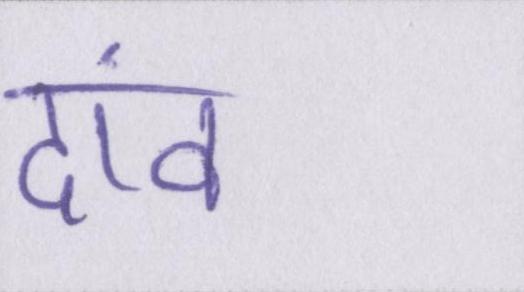
दांव